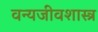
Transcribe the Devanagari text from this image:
वन्यजीवशास्त्र